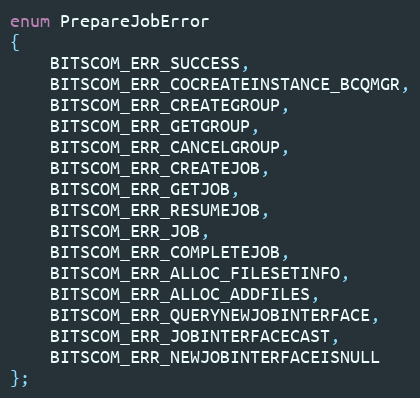
Language: C
enum PrepareJobError
{
	BITSCOM_ERR_SUCCESS,
	BITSCOM_ERR_COCREATEINSTANCE_BCQMGR,
	BITSCOM_ERR_CREATEGROUP,
	BITSCOM_ERR_GETGROUP,
	BITSCOM_ERR_CANCELGROUP,
	BITSCOM_ERR_CREATEJOB,
	BITSCOM_ERR_GETJOB,
	BITSCOM_ERR_RESUMEJOB,
	BITSCOM_ERR_JOB,
	BITSCOM_ERR_COMPLETEJOB,
	BITSCOM_ERR_ALLOC_FILESETINFO,
	BITSCOM_ERR_ALLOC_ADDFILES,
	BITSCOM_ERR_QUERYNEWJOBINTERFACE,
	BITSCOM_ERR_JOBINTERFACECAST,
	BITSCOM_ERR_NEWJOBINTERFACEISNULL
};